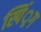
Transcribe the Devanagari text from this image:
स्पिं्रग